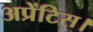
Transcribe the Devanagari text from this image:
अप्रेंटिस।